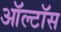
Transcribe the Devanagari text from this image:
ऑल्टॉस